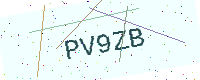
Text: PV9ZB